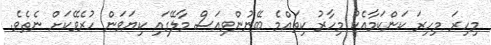
މިހިރަ މިހިރަ ކަންކަމާއެކު މިހާރު ކިތައްމެ ބޭނުންވިއަސް މާލޭގައި ކިޔަވަން ހުރެވޭކަށް ނެތެވެ.